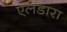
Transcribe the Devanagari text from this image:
एलडारा